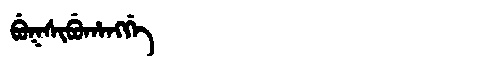
Manchu: ᠪᡠᡴᠰᡳᠪᡠᡥᠠᠩᡤᡝ
Romanization: BUKSIBUHANGGE